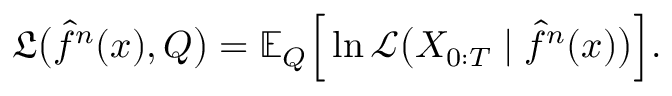
\mathfrak { L } \big ( \hat { f } ^ { n } ( x ) , Q \big ) = \mathbb { E } _ { Q } \Big [ \ln \mathscr { L } \big ( X _ { 0 : T } \mid \hat { f } ^ { n } ( x ) \big ) \Big ] .